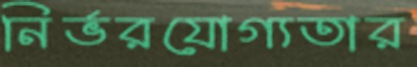
নির্ভরযোগ্যতার